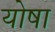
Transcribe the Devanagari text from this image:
योषा